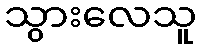
သွားလေသူ